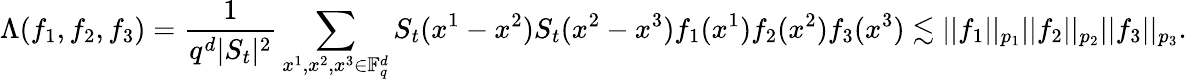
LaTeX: \Lambda(f_{1},f_{2},f_{3})=\frac{1}{q^{d}|S_{t}|^{2}}\sum_{x^{1},x^{2},x^{3}\in\mathbb F_{q}^{d}}S_{t}(x^{1}-x^{2})S_{t}(x^{2}-x^{3})f_{1}(x^{1})f_{2}(x^{2})f_{3}(x^{3})\lesssim||f_{1}||_{p_{1}}||f_{2}||_{p_{2}}||f_{3}||_{p_{3}}.